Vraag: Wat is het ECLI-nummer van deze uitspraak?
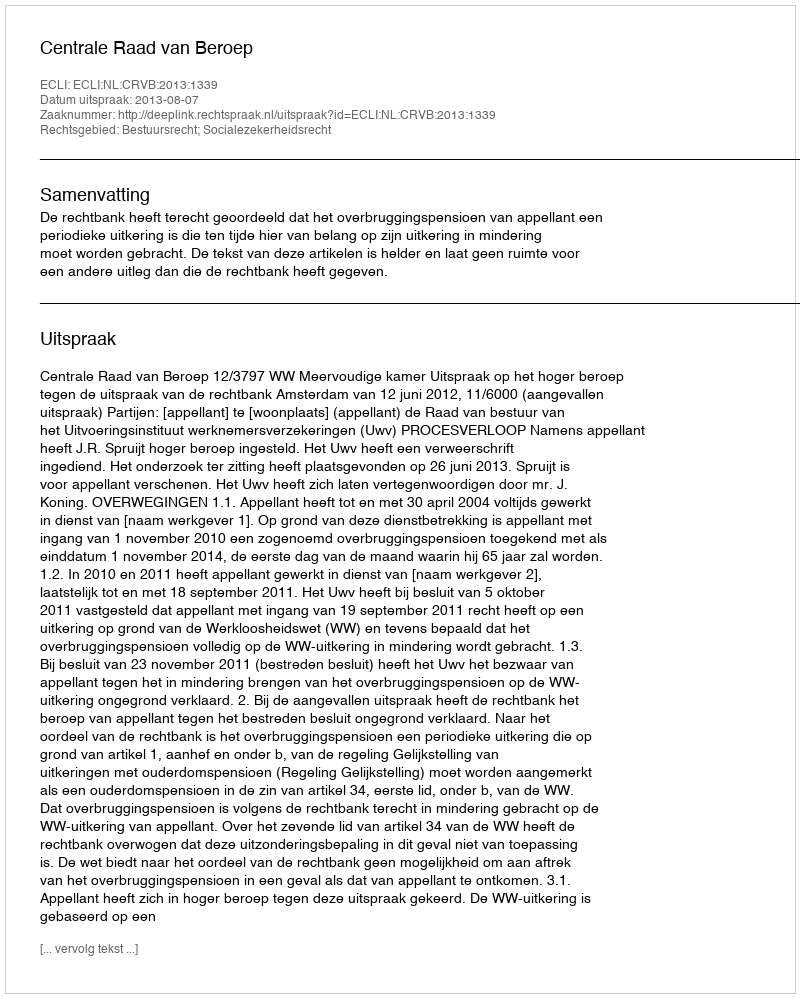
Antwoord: ECLI:NL:CRVB:2013:1339